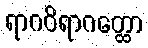
ရာဂဝိရာဂတ္ထော